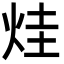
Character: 烓